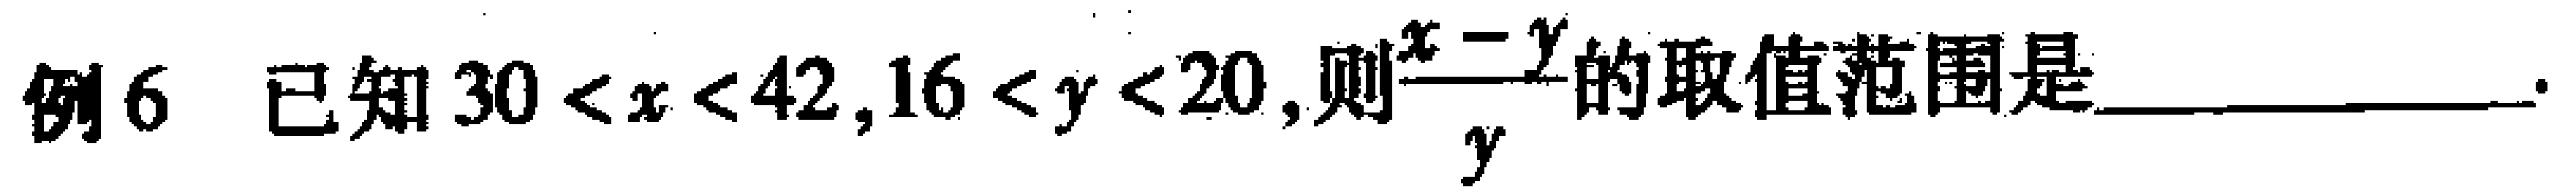
例6 已知\(30 < x < 42,16 < y < 20\),则\(\frac{x - y}{y}\)的取值范围是__________.